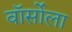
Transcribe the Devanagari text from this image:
वॉर्सोला